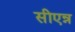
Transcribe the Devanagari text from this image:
सीएन्न